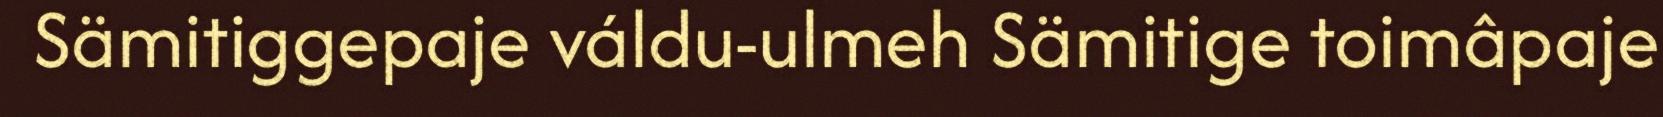
Sämitiggepaje váldu-ulmeh Sämitige toimâpaje